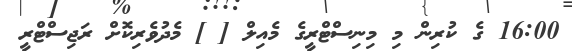
16:00 ގެ ކުރިން މި މިނިސްޓްރީގެ މެއިލް [ ] މެދުވެރިކޮށް ރަޖިސްޓްރީ